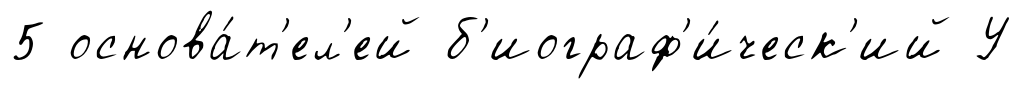
5 основа́т'ел'ей б'иограф'и́ческ'ий У